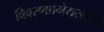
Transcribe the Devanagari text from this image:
विवरणप्रमेयसंग्रह